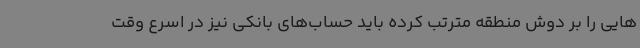
هایی را بر دوش منطقه مترتب کرده باید حساب‌های بانکی نیز در اسرع وقت